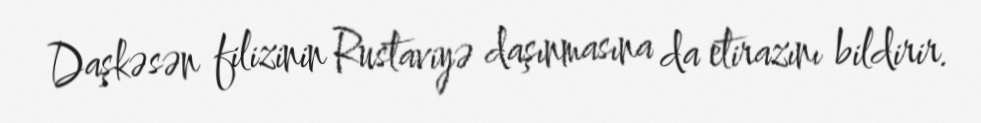
Daşkəsən filizinin Rustaviyə daşınmasına da etirazını bildirir.